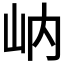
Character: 𱛋